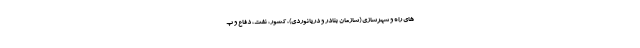
های راه و شهرسازی (سازمان بنادر و دریانوردی)، کشور، نفت، دفاع و پ